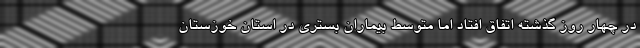
در چهار روز گذشته اتفاق افتاد اما متوسط بیماران بستری در استان خوزستان